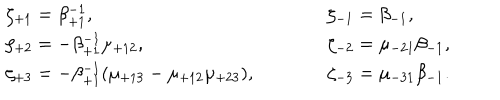
\begin{array} { l c l } { { \zeta _ { + 1 } = \beta _ { + 1 } ^ { - 1 } , } } & { { \qquad } } & { { \zeta _ { - 1 } = \beta _ { - 1 } , } } \\ { { \zeta _ { + 2 } = - \beta _ { + 1 } ^ { - 1 } \mu _ { + 1 2 } , } } & { { \qquad } } & { { \zeta _ { - 2 } = \mu _ { - 2 1 } \beta _ { - 1 } , } } \\ { { \zeta _ { + 3 } = - \beta _ { + 1 } ^ { - 1 } ( \mu _ { + 1 3 } - \mu _ { + 1 2 } \mu _ { + 2 3 } ) , } } & { { \qquad } } & { { \zeta _ { - 3 } = \mu _ { - 3 1 } \beta _ { - 1 } . } } \\ \end{array}